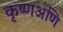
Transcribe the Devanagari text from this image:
कृष्णअणि